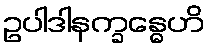
ဥပါဒါနက္ခန္ဓေဟိ